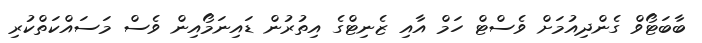
ބާބަޓޯވް ގެންދިއުމަށް ވެސްޓް ހަމް އާއި ޒެނިޓްގެ އިތުރުން ޑައިނަމޯއިން ވެސް މަސައްކަތްކުރި